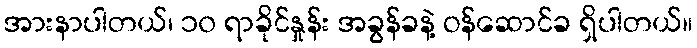
အားနာပါတယ်၊ ၁၀ ရာခိုင်နှုန်း အခွန်ခနဲ့ ဝန်ဆောင်ခ ရှိပါတယ်။